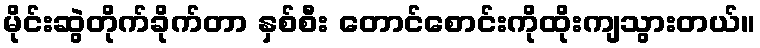
မိုင်းဆွဲတိုက်ခိုက်တာ နှစ်စီး တောင်စောင်းကိုထိုးကျသွားတယ်။